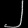
Digit: ၂